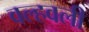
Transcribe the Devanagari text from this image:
वल्हवली